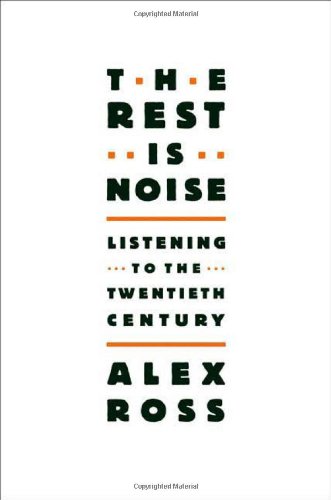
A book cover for The Rest Is Noise: Listening to the Twentieth Century; Alex Ross; Arts & Photography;